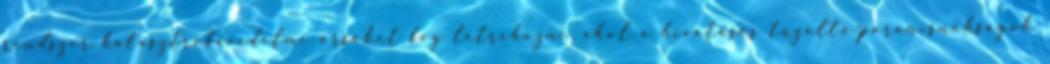
rendszer katasztrófavédelmi őrsöket fog létrehozni, ahol a hivatásos tűzoltó-parancsnokságok